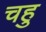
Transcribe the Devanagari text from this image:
चहु